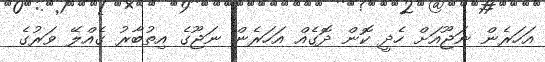
އަހަރެން ނަޖޫއަށް ހެދީ ކޮން ދޮގެއް އަހަރެން ނަޖޫގެ އިތުބާރު ގެއްލޭ ވަރުގެ